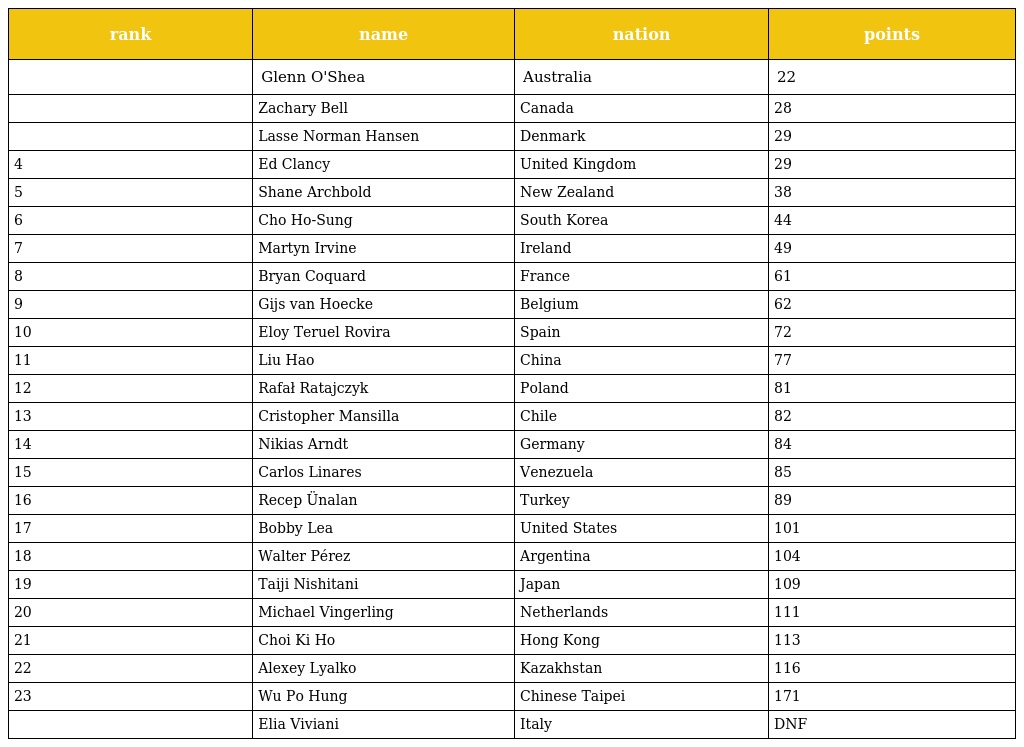
| rank | name | nation | points |
 | --- | --- | --- | --- |
 |  | Glenn O'Shea | Australia | 22 |
 |  | Zachary Bell | Canada | 28 |
 |  | Lasse Norman Hansen | Denmark | 29 |
 | 4 | Ed Clancy | United Kingdom | 29 |
 | 5 | Shane Archbold | New Zealand | 38 |
 | 6 | Cho Ho-Sung | South Korea | 44 |
 | 7 | Martyn Irvine | Ireland | 49 |
 | 8 | Bryan Coquard | France | 61 |
 | 9 | Gijs van Hoecke | Belgium | 62 |
 | 10 | Eloy Teruel Rovira | Spain | 72 |
 | 11 | Liu Hao | China | 77 |
 | 12 | Rafał Ratajczyk | Poland | 81 |
 | 13 | Cristopher Mansilla | Chile | 82 |
 | 14 | Nikias Arndt | Germany | 84 |
 | 15 | Carlos Linares | Venezuela | 85 |
 | 16 | Recep Ünalan | Turkey | 89 |
 | 17 | Bobby Lea | United States | 101 |
 | 18 | Walter Pérez | Argentina | 104 |
 | 19 | Taiji Nishitani | Japan | 109 |
 | 20 | Michael Vingerling | Netherlands | 111 |
 | 21 | Choi Ki Ho | Hong Kong | 113 |
 | 22 | Alexey Lyalko | Kazakhstan | 116 |
 | 23 | Wu Po Hung | Chinese Taipei | 171 |
 |  | Elia Viviani | Italy | DNF |